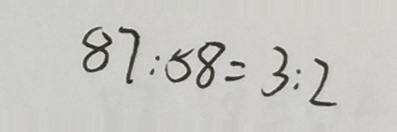
8 7 : 5 8 = 3 : 2